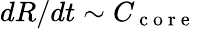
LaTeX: dR/dt\sim C_{\mathrm{~c~o~r~e~}}